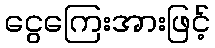
ငွေကြေးအားဖြင့်